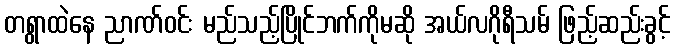
တရွာထဲနေ ညာဏ်ဝင်း မည်သည့်ပြိုင်ဘက်ကိုမဆို အယ်လဂိုရီသမ် ဖြည့်ဆည်းခွင့်